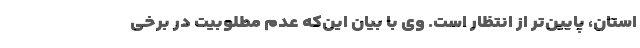
استان، پایین‌تر از انتظار است. وی با بیان این‌که عدم مطلوبیت در برخی